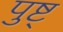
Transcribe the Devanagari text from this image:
पुष्ट्